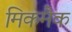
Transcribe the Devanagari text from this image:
मिकमैक